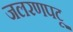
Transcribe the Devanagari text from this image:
जलरणपटू